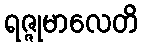
ရဇ္ဇုမာလေတိ